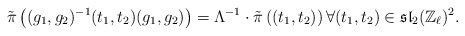
\begin{align*}\tilde{\pi}\left( (g_1,g_2)^{-1} (t_1,t_2) (g_1,g_2) \right) = \Lambda^{-1} \cdot \tilde{\pi} \left( (t_1,t_2) \right) \forall (t_1,t_2) \in \mathfrak{sl}_2(\mathbb{Z}_\ell)^2.\end{align*}